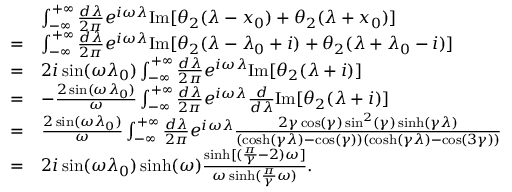
\begin{array} { r l } & { \int _ { - \infty } ^ { + \infty } \frac { d \lambda } { 2 \pi } e ^ { i \omega \lambda } \mathrm { I m } [ \theta _ { 2 } ( \lambda - x _ { 0 } ) + \theta _ { 2 } ( \lambda + x _ { 0 } ) ] } \\ { = } & { \int _ { - \infty } ^ { + \infty } \frac { d \lambda } { 2 \pi } e ^ { i \omega \lambda } \mathrm { I m } [ \theta _ { 2 } ( \lambda - \lambda _ { 0 } + i ) + \theta _ { 2 } ( \lambda + \lambda _ { 0 } - i ) ] } \\ { = } & { 2 i \sin ( \omega \lambda _ { 0 } ) \int _ { - \infty } ^ { + \infty } \frac { d \lambda } { 2 \pi } e ^ { i \omega \lambda } \mathrm { I m } [ \theta _ { 2 } ( \lambda + i ) ] } \\ { = } & { - \frac { 2 \sin ( \omega \lambda _ { 0 } ) } { \omega } \int _ { - \infty } ^ { + \infty } \frac { d \lambda } { 2 \pi } e ^ { i \omega \lambda } \frac { d } { d \lambda } \mathrm { I m } [ \theta _ { 2 } ( \lambda + i ) ] } \\ { = } & { \frac { 2 \sin ( \omega \lambda _ { 0 } ) } { \omega } \int _ { - \infty } ^ { + \infty } \frac { d \lambda } { 2 \pi } e ^ { i \omega \lambda } \frac { 2 \gamma \cos ( \gamma ) \sin ^ { 2 } ( \gamma ) \sinh ( \gamma \lambda ) } { ( \cosh ( \gamma \lambda ) - \cos ( \gamma ) ) ( \cosh ( \gamma \lambda ) - \cos ( 3 \gamma ) ) } } \\ { = } & { 2 i \sin ( \omega \lambda _ { 0 } ) \sinh ( \omega ) \frac { \sinh [ ( \frac { \pi } { \gamma } - 2 ) \omega ] } { \omega \sinh ( \frac { \pi } { \gamma } \omega ) } . } \end{array}